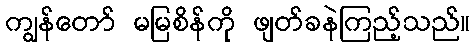
ကျွန်တော် မမြစိန်ကို ဖျတ်ခနဲကြည့်သည်။